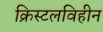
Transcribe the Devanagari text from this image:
क्रिस्टलविहीन